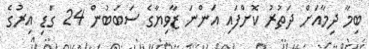
ބިމާ ދިމާއަށް ދަތުރު ކޮށްފައި އަންނަ ޒާވިޔާގެ ސަބަބުން 24 ގަޑި އިރުގެ